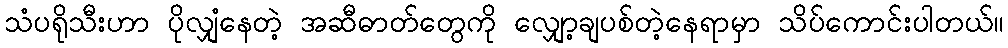
သံပရိုသီးဟာ ပိုလျှံနေတဲ့ အဆီဓာတ်တွေကို လျှော့ချပစ်တဲ့နေရာမှာ သိပ်ကောင်းပါတယ်။